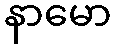
နာမော